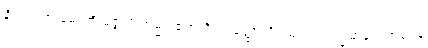
နိဗ္ဗိတက္ကာ မောတိ မဇ္ဇာမိ ကမ္မဝါစကံ ဝိဿတ္ထောတိ ဩဒဟိံ ဝက္ခမာနပ္ပကာရေန